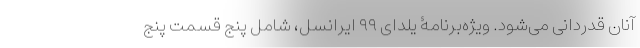
آنان قدردانی می‌شود. ویژه‌برنامۀ یلدای ۹۹ ایرانسل، شامل پنج قسمت پنج